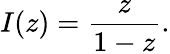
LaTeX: I(z)={\frac{z}{1-z}}.